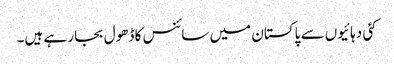
کئی دہائیوں سے پاکستان میں سائنس کا ڈھول بجا رہے ہیں۔